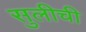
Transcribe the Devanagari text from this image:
सुलीची